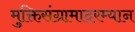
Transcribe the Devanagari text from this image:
मुक्तिसंग्रामादरम्यान